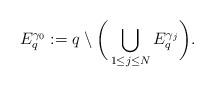
LaTeX: \begin{align*}E_q^{\gamma_0}:=q\setminus\bigg(\bigcup_{1\le j\le N}E_q^{\gamma_j}\bigg).\end{align*}